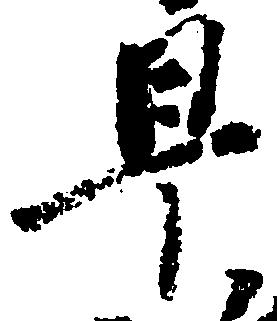
早